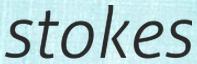
stokes